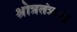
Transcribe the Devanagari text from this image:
श्रोत्रतंत्रः।।